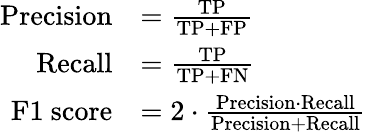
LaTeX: \begin{array}{rl}{\mathrm{Precision}}&{=\frac{\mathrm{TP}}{\mathrm{TP}+\mathrm{FP}}}\\ {\mathrm{Recall}}&{=\frac{\mathrm{TP}}{\mathrm{TP}+\mathrm{FN}}}\\ {\mathrm{F1~score}}&{=2\cdot\frac{\mathrm{Precision}\cdot\mathrm{Recall}}{\mathrm{Precision}+\mathrm{Recall}}}\end{array}